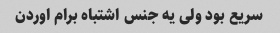
سریع بود ولی یه جنس اشتباه برام اوردن